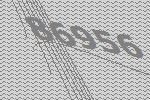
86956